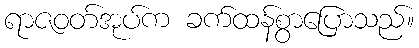
ရာဇဝတ်အုပ်က ခက်ထန်စွာပြောသည်။